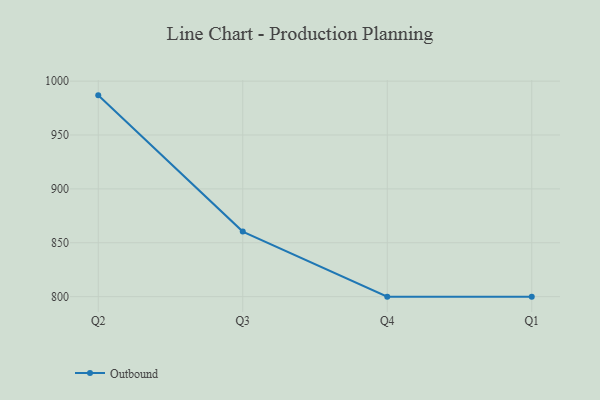
{"axis": {"x": "Quarter", "y": "Revenue (USD Million)"}, "legend": ["Outbound"], "data": [{"x": "Q2", "y": 986.8, "type": "Outbound"}, {"x": "Q3", "y": 860.4, "type": "Outbound"}, {"x": "Q4", "y": 800, "type": "Outbound"}, {"x": "Q1", "y": 800, "type": "Outbound"}]}